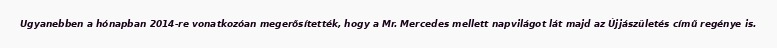
Ugyanebben a hónapban 2014-re vonatkozóan megerősítették, hogy a Mr. Mercedes mellett napvilágot lát majd az Újjászületés című regénye is.